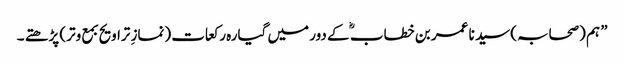
” ہم (صحابہ) سید نا عمر بن خطاب ؓ کے دور میں گیارہ رکعات (نمازِ تراویح بمع وتر) پڑھتے ۔